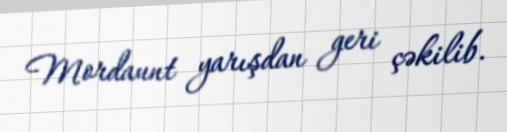
Mordaunt yarışdan geri çəkilib.